Annual report of the Madras Medical College
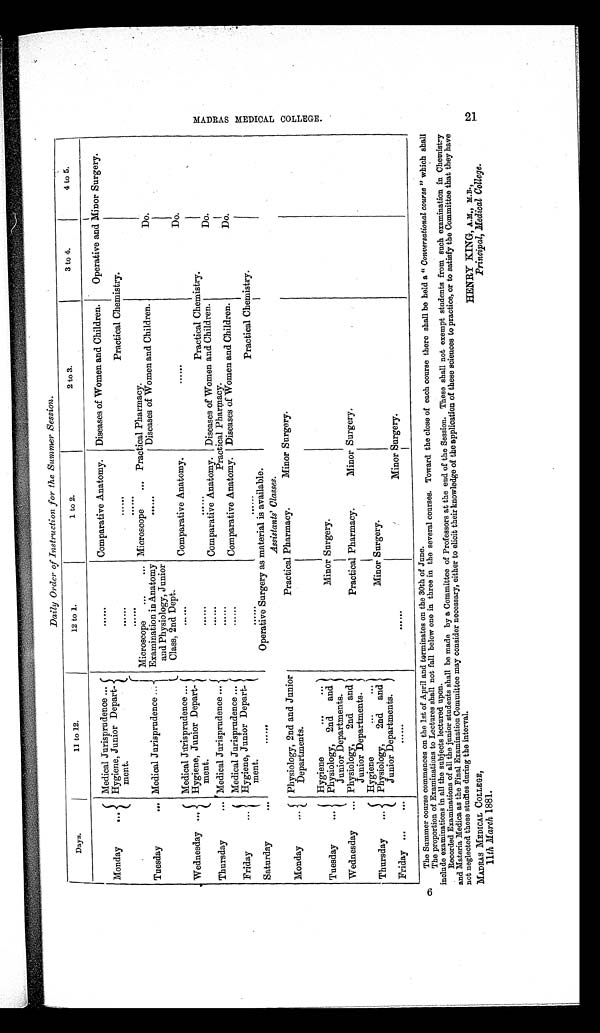
M A D R A S M E D I C A L C O L L E G E . 2 1 Daily Order of Instruction for the Summer Session.
Days.
11 to 12.
12 to 1.
1 to 2.
2 to 3.
3 to 4.
4 to 5.
Monday
...
Medical Jurisprudence ...
Hygiene, Junior Depart-
ment.
......
Comparative Anatomy.
Diseases of Women and Children.
Operative and Minor Surgery.
. . . . .
......
Practical Chemistry.
. . . . . .
. . . . . .
Tuesday
... Medical Jurisprudence ...
Microscope
...
...
Examination in Anatomy
and Physiology, Junior
Class, 2nd Dept.
Microscope
... Practical Pharmacy.
....
Diseases of Women and Children.
Do.
Wednesday ...
Medical Jurisprudence ...
Hygiene, Junior Depart-
ment.
. . . . . . .
Comparative Anatomy.
......
Do.
......
Practical Chemistry.
Thursday
... Medical Jurisprudence ...
. . . . . .
Comparative Anatomy. Diseases of Women and Children.
Do.
......
Practical Pharmacy.
Friday
...
Medical Jurisprudence ...
Hygiene, Junior Depart-
merit.
......
Comparative Anatomy. Diseases of Women and Children.
Do.
......
......
Practical Chemistry.
Saturday
...
. . . .
Operative Surgery as material is available.
Assistants' Classes.
Monday
...
Physiology, 2nd and Junior
Departments.
Practical Pharmacy.
Minor Surgery.
Tuesday
...
Hygiene
...
...
Minor Surgery.
Physiology, 2nd
a n d J u n i o r De p a r t me n t s .
Wednesday
... Physiology,
2nd and
Junior Departments.
Practical Pharmacy.
M i n o r S u r g e r y .
Thursday
...
Hygiene
...
...
Minor Surgery.
Physiology,
2nd and
Junior Departments.
Friday ...
...
. . . . . .
Minor Surgery.
The Summer course commences on the lst of April and terminates on the 30th of June.
The proportion of Examinations to Lectures shall not fall below one in three in the several courses. Toward the close of each course there shall be held a " Conversational course " which shall
include examinations in all the subjects lectured upon.
Recorded Examinations of all the junior students shall be made by a Committee of Professors at the end of the Session. These shall not exempt students from such examination in Chemistry
and Materia Medica as the Final Examination Committee may consider necessary, either to elicit their knowledge of the application of these sciences to practice, or to satisfy the Committee that they have
not neglected these studies during the interval.
MADRAS MEDICAL COLLEGE,
1 1 t h Ma r c h1 8 8 1 .
HENRY KING, A.M., M.B.,
Principal, Medical College.
9